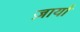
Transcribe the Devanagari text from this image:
ज़ार्या